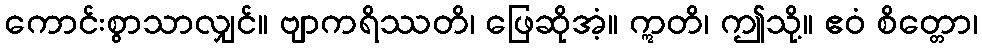
ကောင်းစွာသာလျှင်။ ဗျာကရိဿတိ၊ ဖြေဆိုအံ့။ ဣတိ၊ ဤသို့။ ဧဝံ စိတ္တော၊